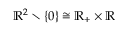
\mathbb { R } ^ { 2 } \setminus \{ 0 \} \cong \mathbb { R } _ { + } \times \mathbb { R }